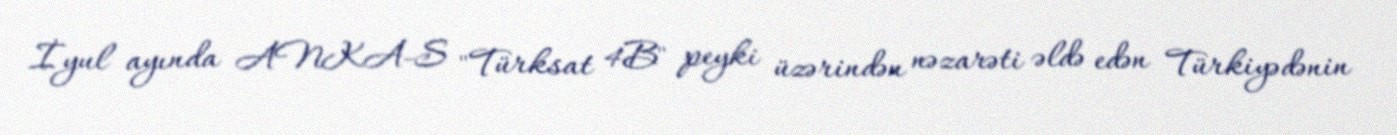
İyul ayında ANKA-S "Türksat 4B" peyki üzərindən nəzarəti əldə edən Türkiyədənin